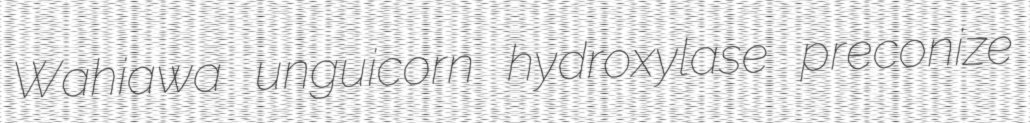
Wahiawa unguicorn hydroxylase preconize